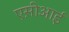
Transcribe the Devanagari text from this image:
एस़ीआई